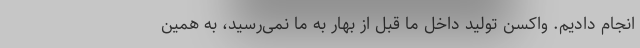
انجام دادیم. واکسن تولید داخل ما قبل از بهار به ما نمی‌رسید، به همین